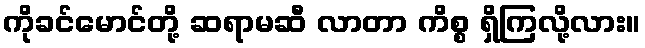
ကိုခင်မောင်တို့ ဆရာမဆီ လာတာ ကိစ္စ ရှိကြလို့လား။